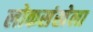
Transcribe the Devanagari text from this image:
लोकसंखेला